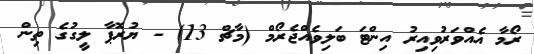
ރޯމާ އެއްވަރުވިއިރު އިންޓަ ބަލިވެއްޖެރޯމް (މާޗް 13) - ޔުރޮޕާ ލީގުގެ ތިން